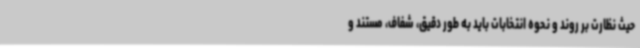
حیث نظارت بر روند و نحوه انتخابات باید به طور دقیق، شفاف، مستند و